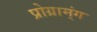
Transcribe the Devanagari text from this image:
प्रोग्राम्ंग